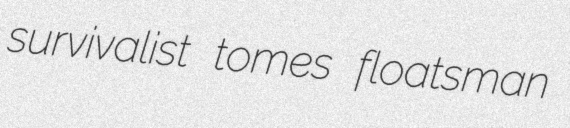
survivalist tomes floatsman